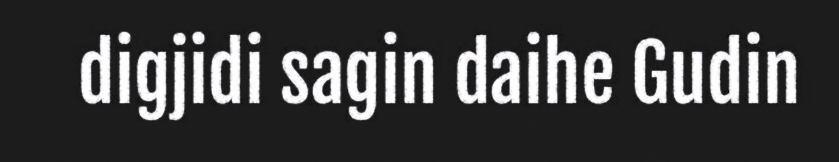
digjidi sagin daihe Gudin